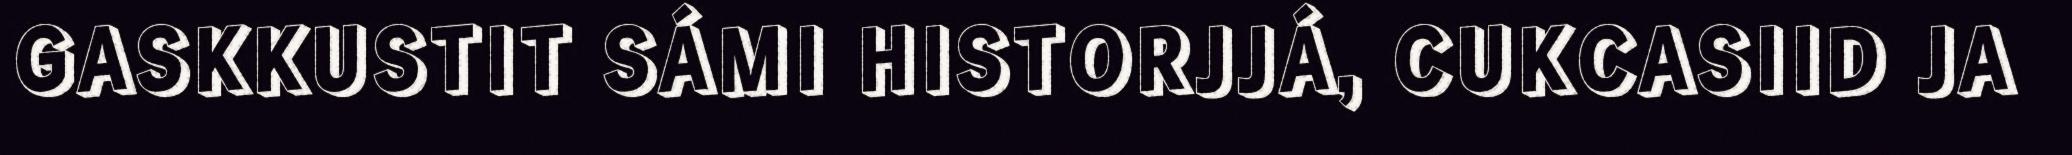
GASKKUSTIT SÁMI HISTORJJÁ, CUKCASIID JA